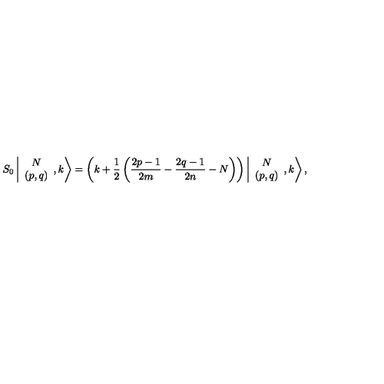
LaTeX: S _ { 0 } \left\vert \begin{array} { c } { N } \\ { ( p , q ) } \\ \end{array} , k \right> = \left( k + \displaystyle \frac { 1 } { 2 } \left( \frac { 2 p - 1 } { 2 m } - \frac { 2 q - 1 } { 2 n } - N \right) \right) \left\vert \begin{array} { c } { N } \\ { ( p , q ) } \\ \end{array} , k \right> ,